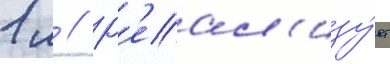
1 м // Р'еал'изу́ет